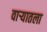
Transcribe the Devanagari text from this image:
वार्‍यातला